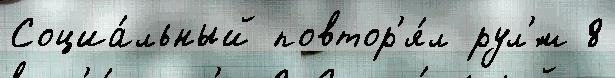
Социа́льный повтор'я́л рул'́м 8